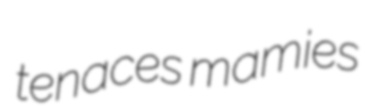
tenaces mamies